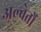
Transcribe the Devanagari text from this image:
अल्बेर्तो